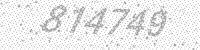
Solution: 814749